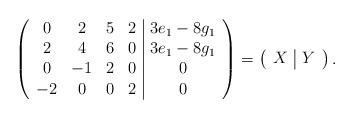
LaTeX: \begin{align*}\left(\begin{array}{cccc|c} 0&2&5&2&3e_1-8g_1\\ 2&4&6&0&3e_1-8g_1\\ 0&-1&2&0&0\\ -2&0&0&2&0\\ \end{array} \right) = \left( \begin{array}{c|c} X&Y \end{array} \right). \end{align*}